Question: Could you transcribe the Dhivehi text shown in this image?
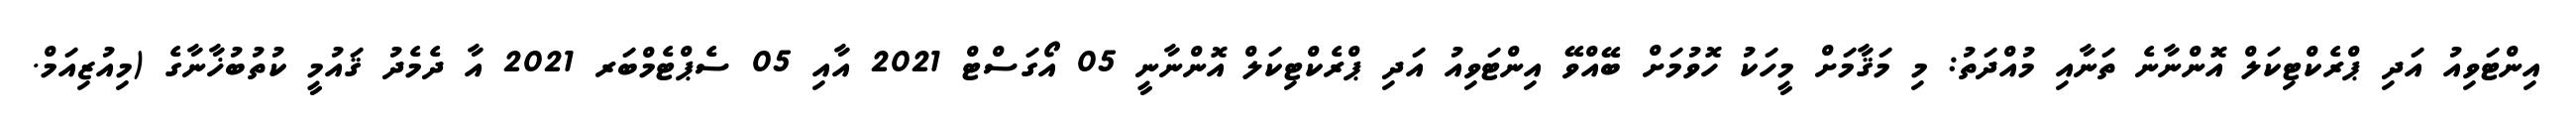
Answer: އިންޓަވިއު އަދި ޕްރެކްޓިކަލް އޮންނާނެ ތަނާއި މުއްދަތު: މި މަޤާމަށް މީހަކު ހޮވުމަށް ބޭއްވޭ އިންޓަވިއު އަދި ޕްރެކްޓިކަލް އޮންނާނީ 05 އޯގަސްޓް 2021 އާއި 05 ސެޕްޓެމްބަރ 2021 އާ ދެމެދު ޤައުމީ ކުތުބުޚާނާގެ (މިއުޒިއަމް.